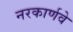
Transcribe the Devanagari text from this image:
नरकार्णवे